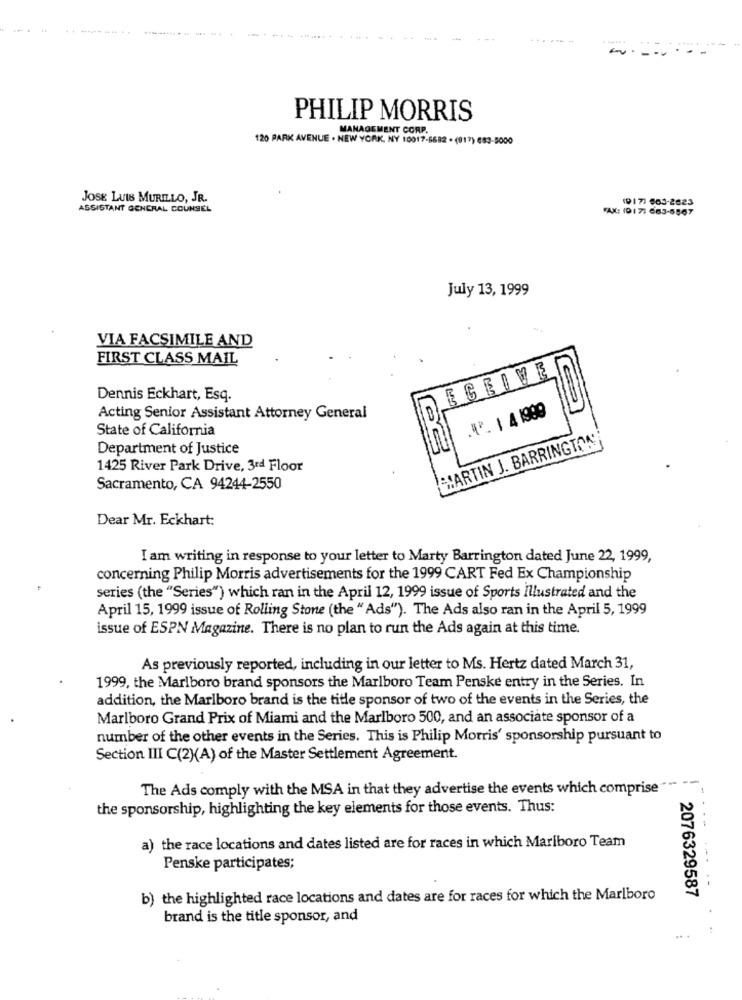
PHILIP MORRIS
MANAGEMENT CORP.
120 PARK AVENUE . NEW YORK, NY 10017-6682 - (917) 683-5000
JOSE LUIS MURILLO, JR.
(917) 603-2623
ASSISTANT GENERAL COUNSEL
FAX: (01 7: 663-5567
July 13, 1999
VIA FACSIMILE AND
FIRST CLASS MAIL
ECEIVEI
Dennis Eckhart, Esq.
."". 1 4 1999
Acting Senior Assistant Attorney General
LS
State of California
MARTIN J. BARRINGTON
Department of Justice
1425 River Park Drive, 3rd Floor
Sacramento, CA 94244-2550
Dear Mr. Eckhart:
I am writing in response to your letter to Marty Barrington dated June 22, 1999,
concerning Philip Morris advertisements for the 1999 CART Fed Ex Championship
series (the "Series") which ran in the April 12, 1999 issue of Sports Illustrated and the
April 15, 1999 issue of Rolling Stone (the " Ads"). The Ads also ran in the April 5, 1999
issue of ESPN Magazine. There is no plan to run the Ads again at this time.
As previously reported, including in our letter to Ms. Hertz dated March 31,
1999, the Marlboro brand sponsors the Marlboro Team Penske entry in the Series. In
addition, the Marlboro brand is the title sponsor of two of the events in the Series, the
Marlboro Grand Prix of Miami and the Marlboro 500, and an associate sponsor of a
number of the other events in the Series. This is Philip Morris' sponsorship pursuant to
Section III C(2)(A) of the Master Settlement Agreement.
The Ads comply with the MSA in that they advertise the events which comprise"
-
the sponsorship, highlighting the key elements for those events. Thus:
a) the race locations and dates listed are for races in which Marlboro Team
Penske participates;
b) the highlighted race locations and dates are for races for which the Marlboro
2076329587
brand is the title sponsor, and